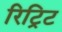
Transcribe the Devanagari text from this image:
रिट्रिट